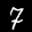
Label: 7